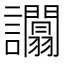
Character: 𧮑